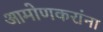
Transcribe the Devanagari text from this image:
आमोणकरांना